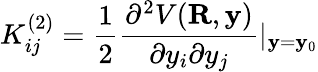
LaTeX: K_{ij}^{(2)}=\frac{1}{2}\frac{\partial^{2}V(\mathbf{R},\mathbf{y})}{\partial y_{i}\partial y_{j}}|_{\mathbf{y}=\mathbf{y}_{0}}